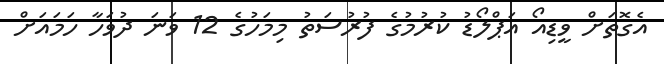
އެގޮތަށް ވީޑިއޯ އަޕްލޯޑު ކުރުމުގެ ފުރުސަތު މިމަހުގެ 12 ވަނަ ދުވަހާ ހަމައަށް